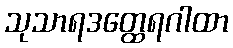
သုသာရဒတ္ထေရဂါထာ